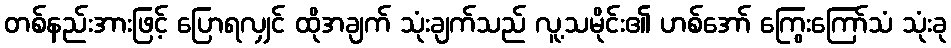
တစ်နည်းအားဖြင့် ပြောရလျှင် ထိုအချက် သုံးချက်သည် လူ့သမိုင်း၏ ဟစ်အော် ကြွေးကြော်သံ သုံးခု